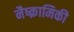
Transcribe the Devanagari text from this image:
नैष्क्रामिकी